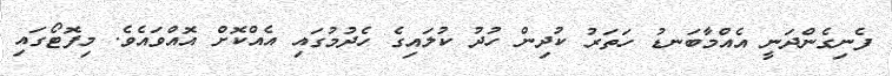
ފެނިގެންދަނީ އެއްމާބަނޑު ހަތަރު ކުދިން ހުދު ކުލައިގެ ހެދުމުގައި އެއްކޮށް އޮއްވައެވެ. މިފޮޓޯގައި